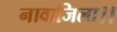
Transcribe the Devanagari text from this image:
नावाजिला।।